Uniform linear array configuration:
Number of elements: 64
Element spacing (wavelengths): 0.5
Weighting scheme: kaiser
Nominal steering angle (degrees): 45
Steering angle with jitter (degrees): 44.957
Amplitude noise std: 0.05
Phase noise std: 0.05

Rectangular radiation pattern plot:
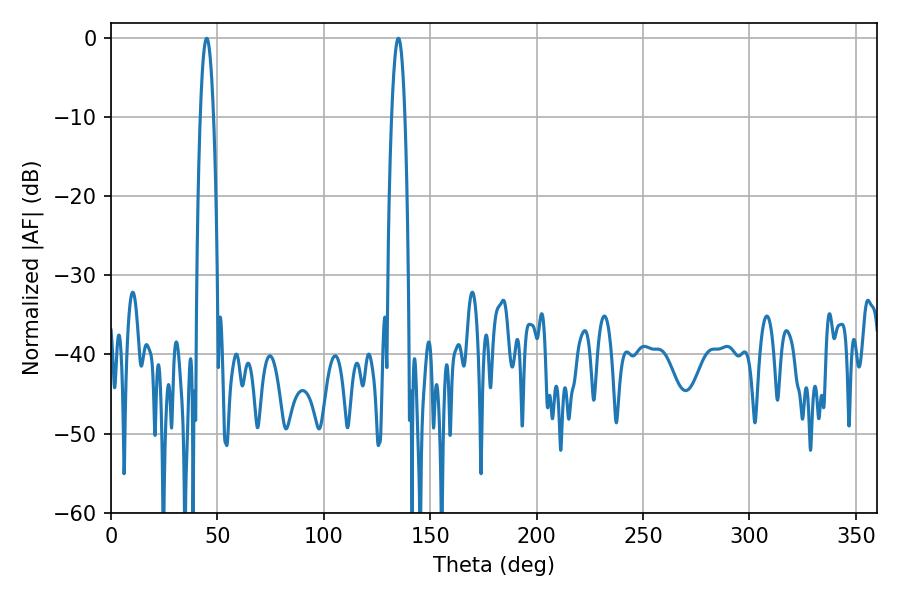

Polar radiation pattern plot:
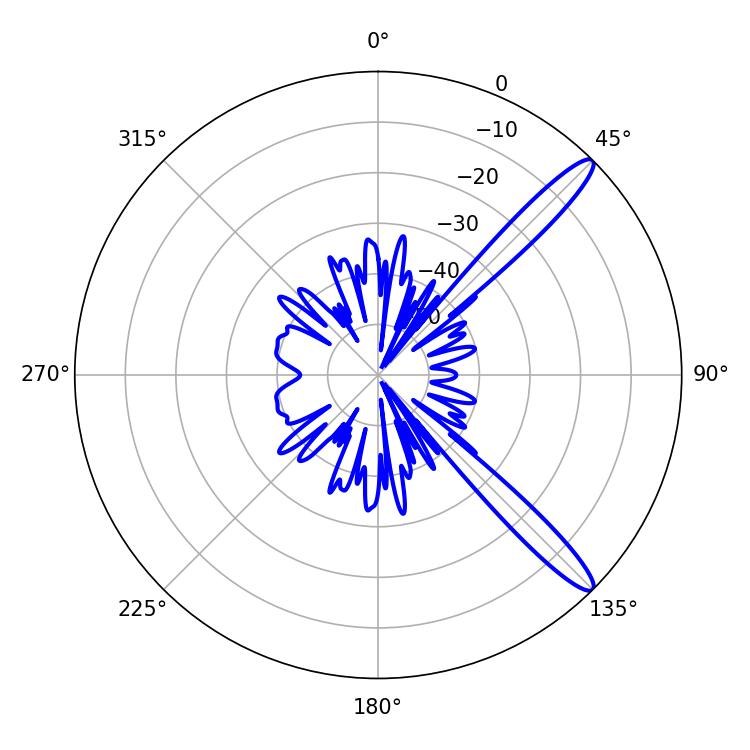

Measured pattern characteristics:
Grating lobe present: FALSE
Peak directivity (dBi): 13.371
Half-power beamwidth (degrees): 3.24
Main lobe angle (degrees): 45